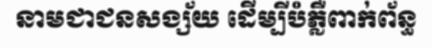
នាមជាជនសង្ស័យ ដើម្បីបំភ្លឺពាក់ព័ន្ធ